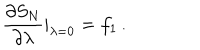
LaTeX: { \frac { \partial S _ { N } } { \partial \lambda } } | _ { \lambda = 0 } = f _ { 1 } \, .